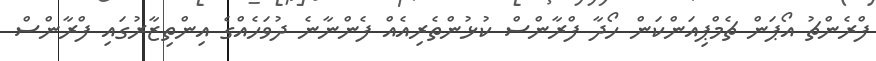
ފްރެންޗު އޯޕަން ޗެމްޕިއަންކަން ހޯދާ ފްރާންސް ކުޅުންތެރިއެއް ފެންނާނެ ދުވަހެއްގެ އިންތިޒާރުގައި ފްރާންސް